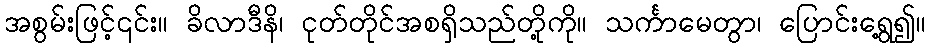
အစွမ်းဖြင့်၎င်း။ ခိလာဒီနိ၊ ငုတ်တိုင်အစရှိသည်တို့ကို။ သင်္ကာမေတွာ၊ ပြောင်းရွေ့၍။